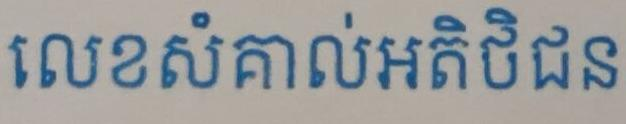
លេខសំគាល់អតិថិជន